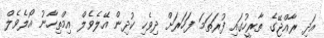
އަދި ރާއްޖޭގެ ތާރީހުގައި ފުރަތަމަ ފަހަރަށް ދިވެހި ކުދިން އޭލެވެލް އިމްތިހާނު އޯލެވެލް